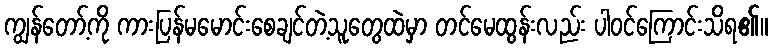
ကျွန်တော့်ကို ကားပြန်မမောင်းစေချင်တဲ့သူတွေထဲမှာ တင်မေထွန်းလည်း ပါဝင်ကြောင်းသိရ၏။